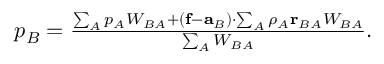
\begin{array} { r } { p _ { B } = \frac { \sum _ { A } p _ { A } W _ { B A } + \left( \mathbf { f } - \mathbf { a } _ { B } \right) \cdot \sum _ { A } \rho _ { A } \mathbf { r } _ { B A } W _ { B A } } { \sum _ { A } W _ { B A } } . } \end{array}